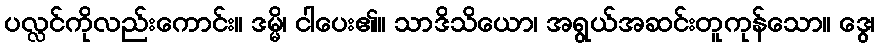
ပလ္လင်ကိုလည်းကောင်း။ ဒမ္မိ၊ ငါပေး၏။ သာဒိသိယော၊ အရွယ်အဆင်းတူကုန်သော။ ဒွေ၊